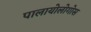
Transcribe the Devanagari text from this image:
पालायोलोगोस